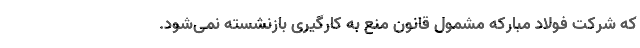
که شرکت فولاد مبارکه مشمول قانون منع به کارگیری بازنشسته نمی‌شود.